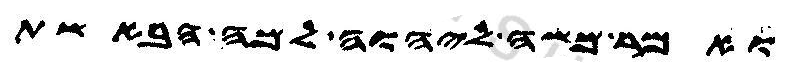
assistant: ואמר משה ליהוה למה הבאשת